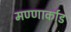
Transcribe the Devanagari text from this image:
मण्णार्काड